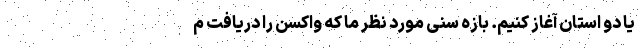
یا دو استان آغاز کنیم‌. بازه سنی مورد نظر ما که واکسن را دریافت م